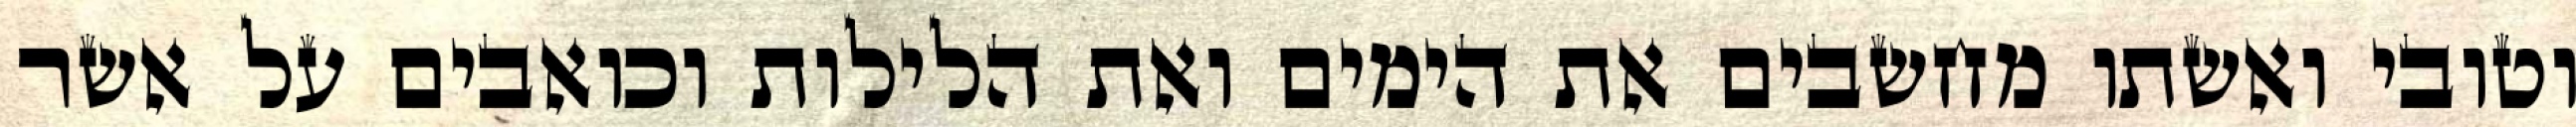
וטובי ואשתו מחשבים את הימים ואת הלילות וכואבים על אשר